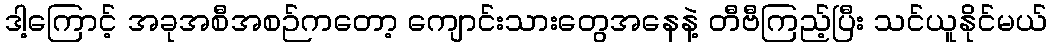
ဒါ့ကြောင့် အခုအစီအစဉ်ကတော့ ကျောင်းသားတွေအနေနဲ့ တီဗီကြည့်ပြီး သင်ယူနိုင်မယ်